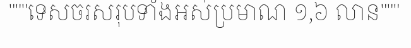
"""ទេសចរសរុបទាំងអស់ប្រមាណ ១,៦ លាន"""